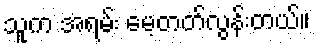
သူက အရမ်း မေ့တတ်လွန်းတယ်။